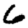
Digit: 6